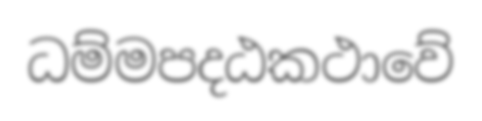
ධම්මපදඨකථාවේ